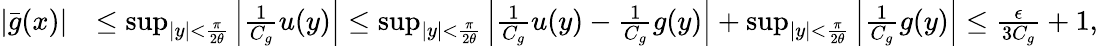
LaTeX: \begin{array}{rl}{|\bar{g}(x)|}&{\leq\operatorname*{sup}_{|y|<\frac{\pi}{2\theta}}\left|\frac{1}{C_{g}}u(y)\right|\leq\operatorname*{sup}_{|y|<\frac{\pi}{2\theta}}\left|\frac{1}{C_{g}}u(y)-\frac{1}{C_{g}}g(y)\right|+\operatorname*{sup}_{|y|<\frac{\pi}{2\theta}}\left|\frac{1}{C_{g}}g(y)\right|\le\frac{\epsilon}{3C_{g}}+1,}\end{array}